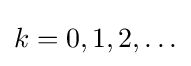
k=0,1,2,\ldots